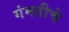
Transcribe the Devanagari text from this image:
गंमतीचे